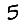
Digit: 5